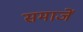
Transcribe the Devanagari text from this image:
समाजें